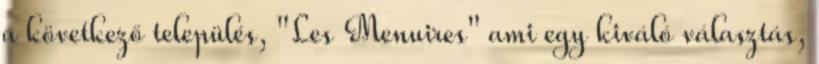
a következő település, "Les Menuires" ami egy kiváló választás,